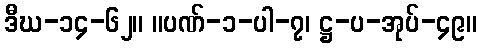
ဒီဃ-၁၄-၆၂။ ။ပဏ်-၁-ပါ-၇၊ ဋ္ဌ-ပ-အုပ်-၄၉။